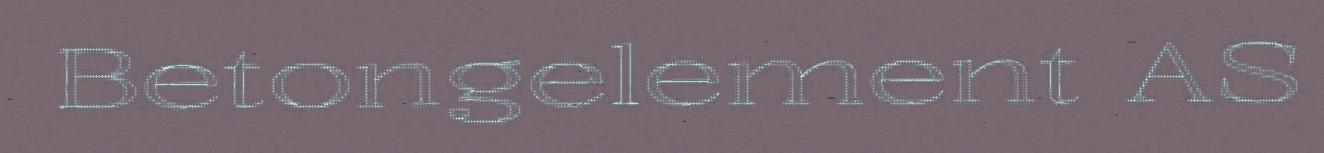
Betongelement AS